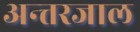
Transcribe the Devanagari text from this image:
अन्त्तरजाल